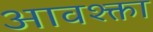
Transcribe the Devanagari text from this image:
आवश्क्ता